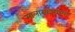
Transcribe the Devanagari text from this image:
सालास्कारांच्या